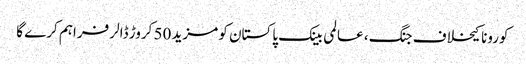
کورونا کیخلاف جنگ ، عالمی بینک پاکستان کو مزید 50 کروڑ ڈالر فراہم کرے گا